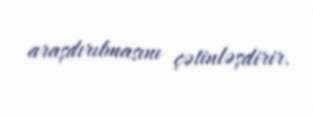
araşdırılmasını çətinləşdirir.